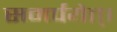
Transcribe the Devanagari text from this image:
समर्पयेत्।